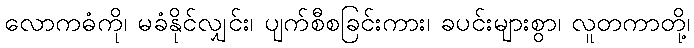
လောကဓံကို၊ မခံနိုင်လျှင်း၊ ပျက်စီစခြင်းကား၊ ခပင်းများစွာ၊ လူတကာတို့၊